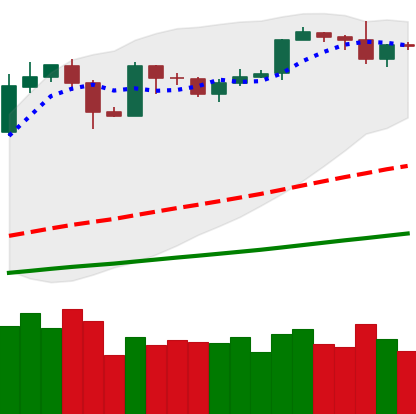
Ticker: BTC-USD
Chart end date: 2019-06-01
Forward return: -8.664%
Label: down_7plus